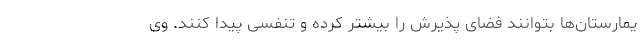
یمارستان‌ها بتوانند فضای پذیرش را بیشتر کرده و تنفسی پیدا کنند. وی